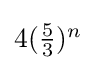
\textstyle {4({\frac {5}{3}})^{n}}